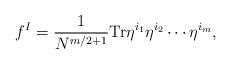
\begin{align*}f^I = \frac{1}{N^{m/2 + 1}} {\rm Tr} \eta^{i_1} \eta^{i_2} \cdots \eta^{i_m},\end{align*}